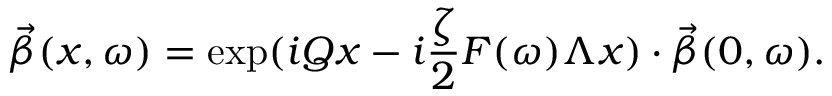
\vec { \beta } ( x , \omega ) = \exp ( i Q x - i \frac { \zeta } { 2 } F ( \omega ) \Lambda x ) \cdot \vec { \beta } ( 0 , \omega ) .